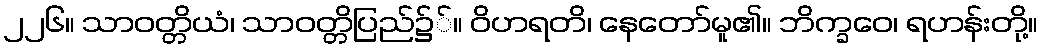
၂၂၆။ သာဝတ္တိယံ၊ သာဝတ္တိပြည်၌်။ ဝိဟရတိ၊ နေတော်မူ၏။ ဘိက္ခဝေ၊ ရဟန်းတို့။